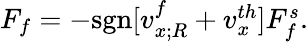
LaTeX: \begin{array}{r}{F_{f}=-\mathrm{sgn}[v_{x;R}^{f}+v_{x}^{th}]F_{f}^{s}.}\end{array}